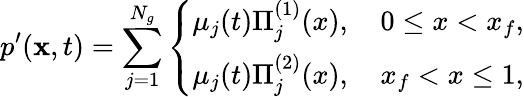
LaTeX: p^{\prime}(\mathbf{x},t)=\sum_{j=1}^{N_{g}}\left\{ \begin{array}{ll}{\mu_{j}(t)\Pi_{j}^{(1)}(x),\quad 0\leq x<x_{f},}\\ {\mu_{j}(t)\Pi_{j}^{(2)}(x),\quad x_{f}<x\leq 1,}\end{array}\right.